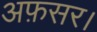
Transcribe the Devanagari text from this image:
अफ़सर।